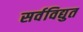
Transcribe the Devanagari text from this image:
सर्वविद्युत